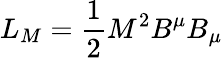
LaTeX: L_{M}=\frac{1}{2}M^{2}B^{\mu}B_{\mu}